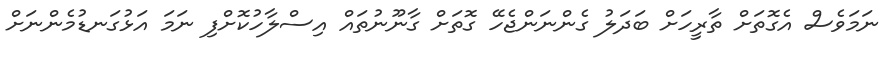
ނަމަވެސް އެގޮތަށް ތާރީހަށް ބަދަލު ގެންނަންޖެހޭ ގޮތަށް ގާނޫނުތައް އިސްލާހުކޮށްފި ނަމަ އަޅުގަނޑުމެންނަށް